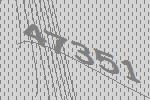
47351